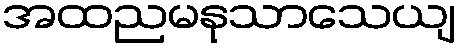
အထညမနုသာသေယျ